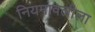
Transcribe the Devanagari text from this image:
नियमावलीला